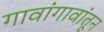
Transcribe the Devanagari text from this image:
गावांगावांतून